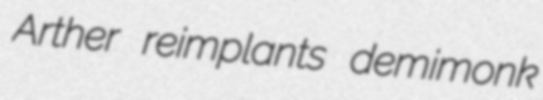
Arther reimplants demimonk